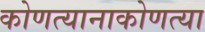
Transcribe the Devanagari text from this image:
कोणत्यानाकोणत्या